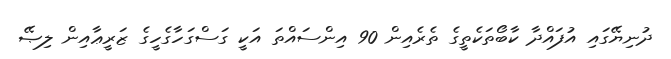
ދުނިޔޭގައި އުފައްދާ ކާބޯތަކެތީގެ ތެރެއިން 90 އިންސައްތަ އަކީ ގަސްގަހާގެހީގެ ޒަރީޢާއިން ލިޞޭ